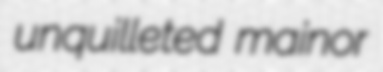
unquilleted mainor